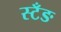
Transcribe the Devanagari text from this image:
स्टँङ